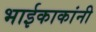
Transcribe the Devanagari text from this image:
भाईकाकांनी